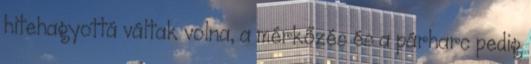
hitehagyottá váltak volna, a mérkőzés és a párharc pedig